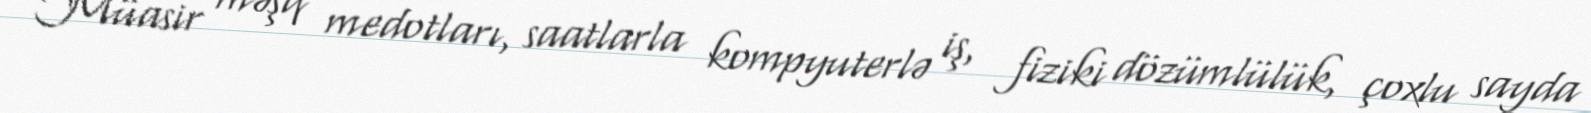
Müasir məşq medotları, saatlarla kompyuterlə iş, fiziki dözümlülük, çoxlu sayda